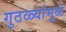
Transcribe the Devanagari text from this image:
गुठळ्यांमुळे